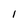
Character: l